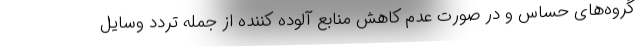
گروه‌های حساس و در صورت عدم کاهش منابع آلوده کننده از جمله تردد وسایل